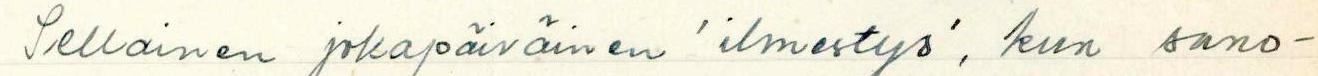
Sellainen jokapäiväinen 'ilmestys', kun sano-